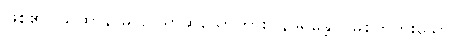
ဖြစ်၏။ ယထာနာမ၊ ဥပမာဆိုသော်ကား။ နဒိရန္တော၊ မြစ်ကိုကူးသော။